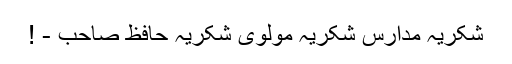
شکریہ مدارس شکریہ مولوی شکریہ حافظ صاحب - !